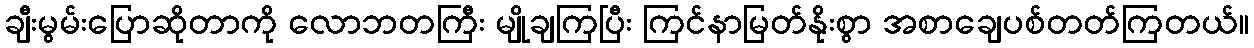
ချီးမွမ်းပြောဆိုတာကို လောဘတကြီး မျိုချကြပြီး ကြင်နာမြတ်နိုးစွာ အစာချေပစ်တတ်ကြတယ်။